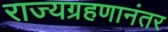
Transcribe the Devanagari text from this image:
राज्यग्रहणानंतर